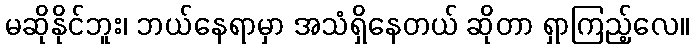
မဆိုနိုင်ဘူး၊ ဘယ်နေရာမှာ အသံရှိနေတယ် ဆိုတာ ရှာကြည့်လေ။